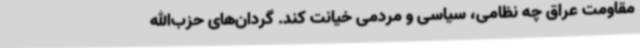
مقاومت عراق چه نظامی، سیاسی و مردمی خیانت کند. گردان‌های حزب‌الله